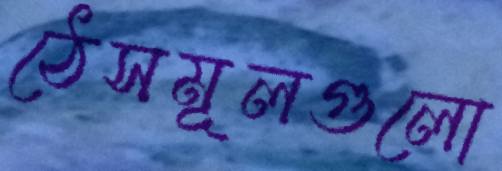
ঠেসমূলগুলো